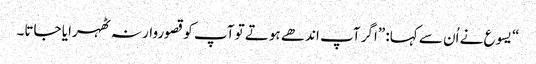
‏“‏ یسوع نے اُن سے کہا:‏ ”‏اگر آپ اندھے ہوتے تو آپ کو قصوروار نہ ٹھہرایا جاتا۔